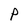
Character: P